Vaccination in the Punjab 1897-1904 - 1897-1904
Year: 1897
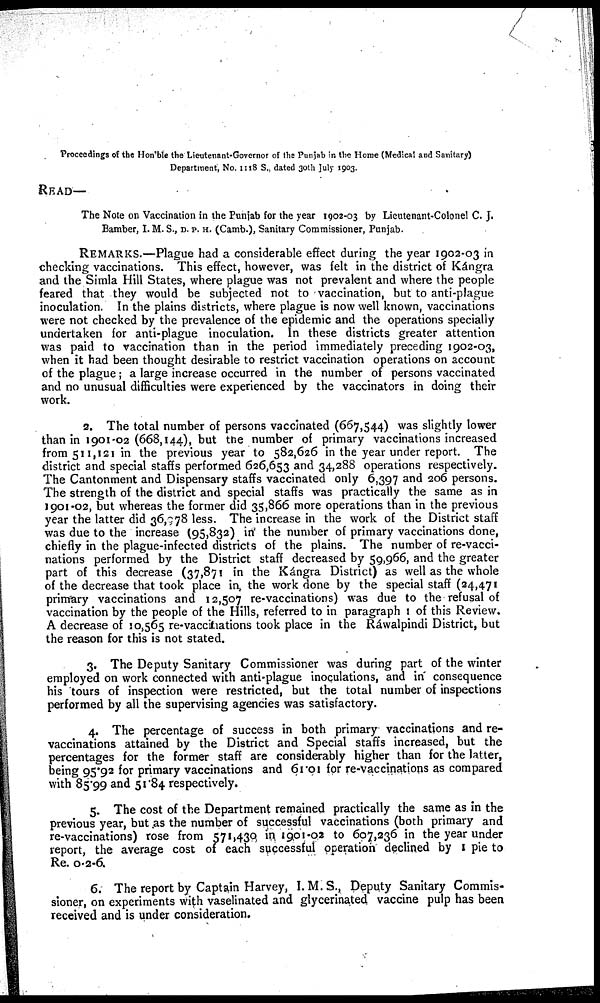
Proceedings of the Hon'ble the Lieutenant-Governor of the Punjab in the Home (Medical and Sanitary)
Department, No. 1118 S., dated 30th July 1903.
READ—
The Note on Vaccination in the Punjab for the year 1902-03 by Lieutenant-Colonel C. J.
Bamber, I. M. S., D. P. H. (Camb.), Sanitary Commissioner, Punjab.
REMARKS.—Plague had a considerable effect during the year 1902-03 in
checking vaccinations. This effect, however, was felt in the district of Kángra
and the Simla Hill States, where plague was not prevalent and where the people
feared that they would be subjected not to vaccination, but to anti-plague
inoculation. In the plains districts, where plague is now well known, vaccinations
were not checked by the prevalence of the epidemic and the operations specially
undertaken for anti-plague inoculation. In these districts greater attention
was paid to vaccination than in the period immediately preceding 1902-03,
when it had been thought desirable to restrict vaccination operations on account
of the plague; a large increase occurred in the number of persons vaccinated
and no unusual difficulties were experienced by the vaccinators in doing their
work.
2. The total number of persons vaccinated (667,544) was slightly lower
than in 1901-02 (668,144), but the number of primary vaccinations increased
from 511‚121 in the previous year to 582,626 in the year under report. The
district and special staffs performed 626,653 and 34,288 operations respectively.
The Cantonment and Dispensary staffs vaccinated only 6,397 and 206 persons.
The strength of the district and special staffs was practically the same as in
1901-02, but whereas the former did 35,866 more operations than in the previous
year the latter did 36,978 less. The increase in the work of the District staff
was due to the increase (95,832) in the number of primary vaccinations done,
chiefly in the plague-infected districts of the plains. The number of re-vacci-
nations performed by the District staff decreased by 59,966, and the greater
part of this decrease (37,871 in the Kángra District) as well as the whole
of the decrease that took place in the work done by the special staff (24,471
primary vaccinations and 12,507 re-vaccinations) was due to the refusal of
vaccination by the people of the Hills, referred to in paragraph 1 of this Review.
A decrease of 10,565 re-vaccinations took place in the Ráwalpindi District, but
the reason for this is not stated.
3. The Deputy Sanitary Commissioner was during part of the winter
employed on work connected with anti-plague inoculations, and in consequence
his tours of inspection were restricted, but the total number of inspections
performed by all the supervising agencies was satisfactory.
4. The percentage of success in both primary vaccinations and re-
vaccinations attained by the District and Special staffs increased, but the
percentages for the former staff are considerably higher than for the latter,
being 95.92 for primary vaccinations and 61.01 for re-vaccinations as compared
with 85.99 and 51.84 respectively.
5. The cost of the Department remained practically the same as in the
previous year, but as the number of successful vaccinations (both primary and
re-vaccinations) rose from 571,430 in 1901-02 to 607,236 in the year under
report, the average cost of each successful operation declined by 1 pie to
Re. 0-2-6.
6. The report by Captain Harvey, I. M. S., Deputy Sanitary Commis-
sioner, on experiments with vaselinated and glycerinated vaccine pulp has been
received and is under consideration.